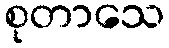
စုတာသေ